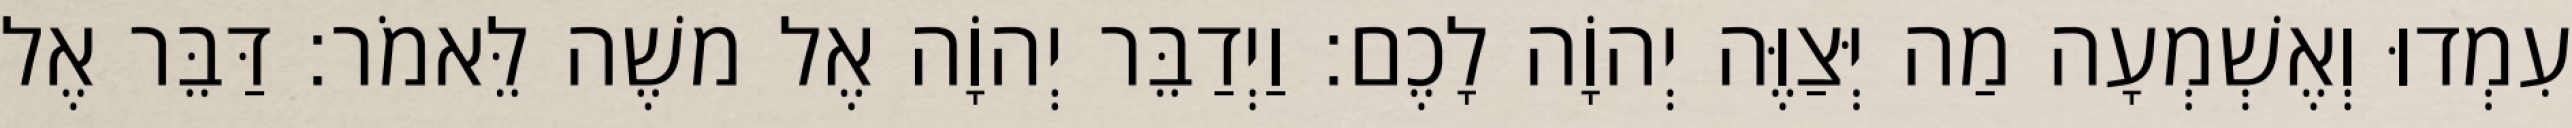
עִמְדוּ וְאֶשְׁמְעָה מַה יְּצַוֶּה יְהוָֹה לָכֶם׃ וַיְדַבֵּר יְהוָֹה אֶל משֶׁה לֵּאמֹר׃ דַּבֵּר אֶל